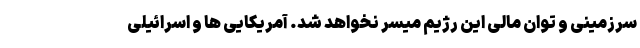
سرزمینی و توان مالی این رژیم میسر نخواهد شد. آمریکایی ها و اسرائیلی